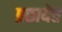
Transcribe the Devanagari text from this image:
प्रछायेत